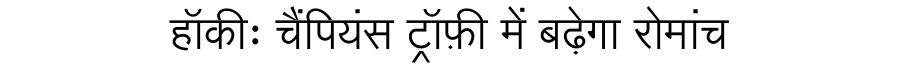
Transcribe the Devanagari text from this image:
हॉकीः चैंपियंस ट्रॉफ़ी में बढ़ेगा रोमांच